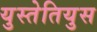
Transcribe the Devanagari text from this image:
युस्तेतियुस